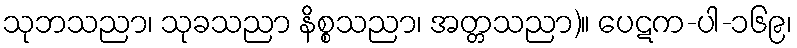
သုဘသညာ၊ သုခသညာ နိစ္စသညာ၊ အတ္တသညာ)။ ပေဋက-ပါ-၁၆၉၊